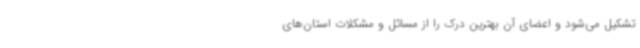
تشکیل می‌شود و اعضای آن بهترین درک را از مسائل و مشکلات استان‌های